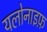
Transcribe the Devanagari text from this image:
यलोनाइफ़